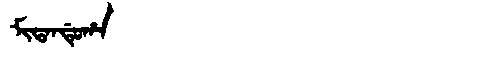
Manchu: ᠮᡳᡨᠠᠨᡩᡠᡥᠠ
Romanization: MITANDUHA